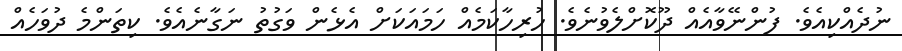
ނުދެއްކިއެވެ. ފުންނޭވާއެއް ދޫކޮށްލެވުނެވެ. ހުރިހާކަމެއް ހަމައަކަށް އެޅެން ވަގުތު ނަގާނެއެވެ. ކިތަންމެ ދުވަހެއް